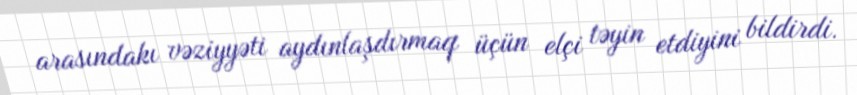
arasındakı vəziyyəti aydınlaşdırmaq üçün elçi təyin etdiyini bildirdi.